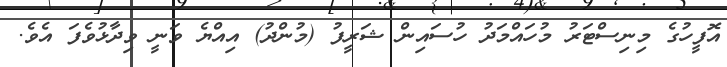
އޮފީހުގެ މިނިސްޓަރު މުހައްމަދު ހުސައިން ޝަރީފު (މުންދު) އިއްޔެ ވަނީ ވިދާޅުވެފަ އެވެ.